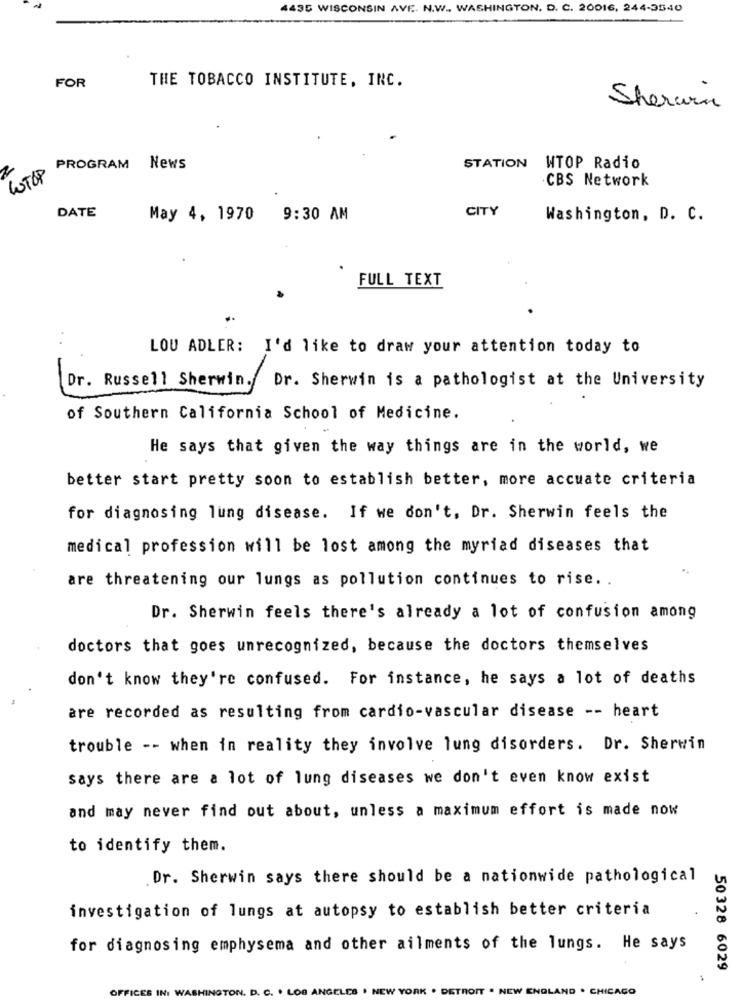
4435 WISCONSIN AVE. N.W ., WASHINGTON, D. C. 20016, 244-3540
THE TOBACCO INSTITUTE, INC.
FOR
Sherwin
WOTOP
PROGRAM
News
STATION
WTOP Radio
.CBS Network
DATE
CITY
May 4, 1970 9:30 AM
Washington, D. C.
FULL TEXT
..
LOU ADLER: I'd like to draw your attention today to
-
Dr. Russell Sherwin. Dr. Sherwin is a pathologist at the University
of Southern California School of Medicine.
He says that given the way things are in the world, we
better start pretty soon to establish better, more accuate criteria
for diagnosing lung disease. If we don't, Dr. Sherwin feels the
medical profession will be lost among the myriad diseases that
are threatening our lungs as pollution continues to rise ..
Dr. Sherwin feels there's already a lot of confusion among
doctors that goes unrecognized, because the doctors themselves
don't know they're confused. For instance, he says a lot of deaths
are recorded as resulting from cardio-vascular disease -- heart
trouble -- when in reality they involve lung disorders. Dr. Sherwin
says there are a lot of lung diseases we don't even know exist
and may never find out about, unless a maximum effort is made now
to identify them.
Dr. Sherwin says there should be a nationwide pathological
investigation of lungs at autopsy to establish better criteria
for diagnosing emphysema and other ailments of the lungs. He says
50328 6029
YORK
DETROIT . NEW ENGLAND . CHICAGO